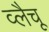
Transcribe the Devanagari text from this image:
व्लैचू